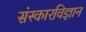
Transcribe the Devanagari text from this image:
संस्कारविज्ञान